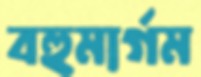
বহুমার্গম